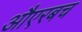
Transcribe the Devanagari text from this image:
औएरबच